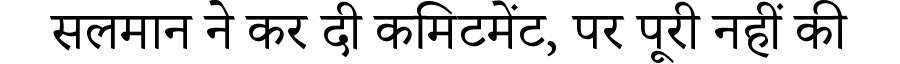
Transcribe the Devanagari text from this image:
सलमान ने कर दी कमिटमेंट, पर पूरी नहीं की